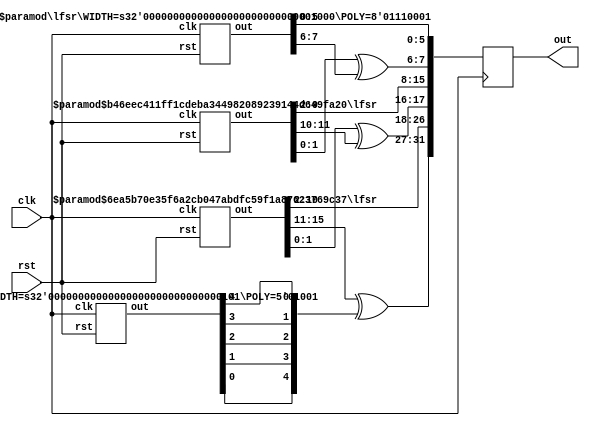
/*
 * rng.v
 *
 * Very simple 32-bits PRNG using a few underlying LFSR.
 *
 * Copyright (C) 2014  Ettus Corporation LLC
 * Copyright 2018 Ettus Research, a National Instruments Company
 *
 * SPDX-License-Identifier: LGPL-3.0-or-later
 *
 * vim: ts=4 sw=4
 */

`ifdef SIM
`default_nettype none
`endif

// ---------------------------------------------------------------------------
// Main RNG
// ---------------------------------------------------------------------------

module rng(
	output reg  [31:0] out,
	input  wire clk,
	input  wire rst
);

	// Signals
	wire [4:0] out5, out5rev;
	wire [7:0] out8;
	wire [11:0] out12;
	wire [15:0] out16;

	// Instanciate 4 LFSRs of different lengths
	lfsr #(.WIDTH( 5), .POLY( 5'b01001)) lfsr5  (.out(out5),  .clk(clk), .rst(rst));
	lfsr #(.WIDTH( 8), .POLY( 8'h71   )) lfsr8  (.out(out8),  .clk(clk), .rst(rst));
	lfsr #(.WIDTH(12), .POLY(12'hc11  )) lfsr12 (.out(out12), .clk(clk), .rst(rst));
	lfsr #(.WIDTH(16), .POLY(16'h6701 )) lfsr16 (.out(out16), .clk(clk), .rst(rst));

	// Reverse the 5 bit LFSR output
	genvar i;
	generate
		for (i=0; i<5; i=i+1)
			assign out5rev[i] = out5[4-i];
	endgenerate

	// Combine the outputs 'somehow'
	always @(posedge clk)
		out <= {
			out16[15:11] ^ out5rev,		// 5 bits
			out16[10:2],				// 9 bits
			out16[1:0] ^ out12[11:10],	// 2 bits
			out12[9:2],					// 8 bits
			out12[1:0] ^ out8[7:6],		// 2 bits
			out8[5:0]					// 6 bits
		};

endmodule // rng


// ---------------------------------------------------------------------------
// LFSR sub module
// ---------------------------------------------------------------------------

module lfsr #(
	parameter integer WIDTH = 8,
	parameter POLY = 8'h71
)(
	output reg  [WIDTH-1:0] out,
	input  wire clk,
	input  wire rst
);

	// Signals
	wire fb;

	// Linear Feedback
	assign fb = ^(out & POLY);

	// Register
	always @(posedge clk)
		if (rst)
			out <= { {(WIDTH-1){1'b0}}, 1'b1 };
		else
			out <= { fb, out[WIDTH-1:1] };

endmodule // lfsr